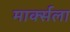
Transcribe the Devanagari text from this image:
मार्क्‍सला